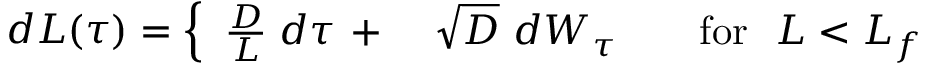
\begin{array} { r } { d L ( \tau ) = \left\{ \begin{array} { l l } { \frac { D } { L } \; d \tau \ + \; } & { \sqrt { D } \ d W _ { \tau } \qquad \mathrm { f o r } \ \ L < L _ { f } } \end{array} \right. } \end{array}